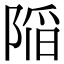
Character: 𨺻